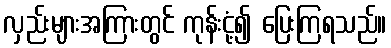
လှည်းများအကြားတွင် ကုန်းငုံ့၍ ပြေးကြရသည်။